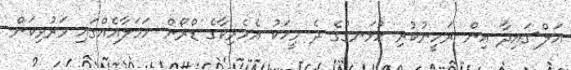
އަލް-ގައިދާ އިން ރަހީނުކުރި ހުޅަނގުގެ ދެ މީހަކު އެމެރިކާގެ ޑްރޯން ހަމަލާއެއްގައި މަރުވިކަން